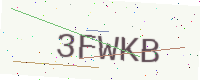
Text: 3FWKB